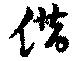
借